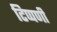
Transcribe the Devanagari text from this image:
टिप्‍पणी